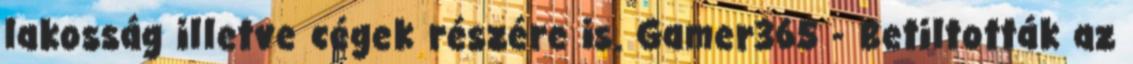
lakosság illetve cégek részére is. Gamer365 - Betiltották az